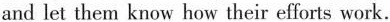
and let them know how their efforts work.